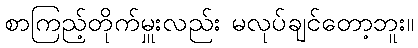
စာကြည့်တိုက်မှူးလည်း မလုပ်ချင်တော့ဘူး။